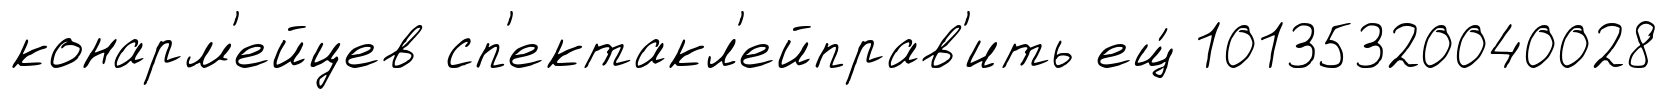
конарм'ейцев сп'ектакл'ейправ'ить ещ́ 10135320040028